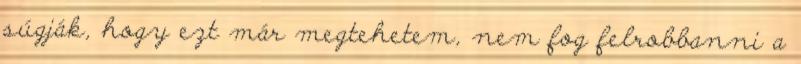
súgják, hogy ezt már megtehetem, nem fog felrobbanni a